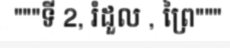
"""ទី 2, រំដួល , ព្រៃ"""